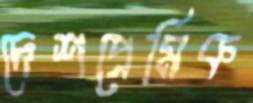
দেশপ্রেমিক